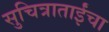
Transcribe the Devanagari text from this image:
सुचित्राताईंचा